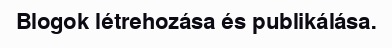
Blogok létrehozása és publikálása.